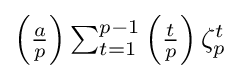
{\textstyle \left({\frac {a}{p}}\right)\sum _{t=1}^{p-1}\left({\frac {t}{p}}\right)\zeta _{p}^{t}}